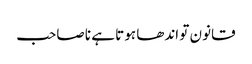
قانون تو اندھا ہوتا ہے نا صاحب